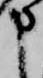
申